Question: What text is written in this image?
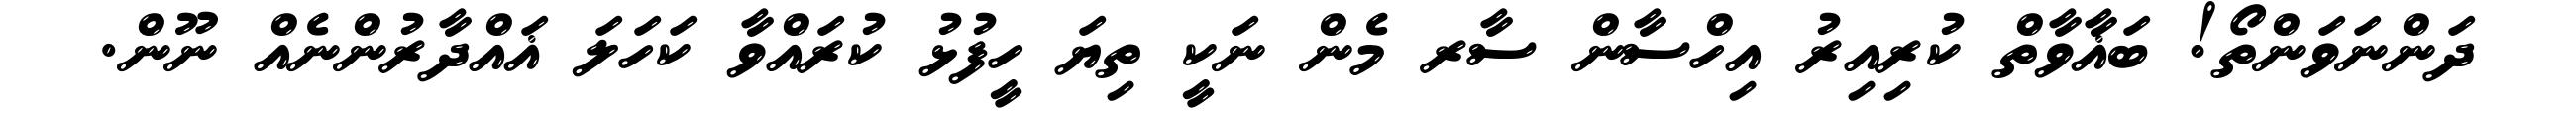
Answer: ދަންނަވަންތޯ! ބަޣާވާތް ކުރިއިރު އިހްސާން ސާރ މެން ނަކީ ތިޔަ ހީފުޅު ކުރައްވާ ކަހަލަ ޣައްދާރުންނެއް ނޫން.